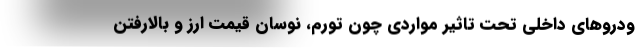
ودروهای داخلی تحت تاثیر مواردی چون تورم، نوسان قیمت ارز و بالارفتن